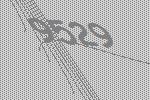
9529